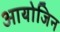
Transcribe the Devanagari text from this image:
आयोजिन